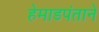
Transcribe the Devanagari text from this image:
हेमाडपंताने